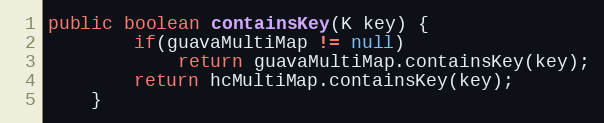
Language: Java
public boolean containsKey(K key) {
		if(guavaMultiMap != null)
			return guavaMultiMap.containsKey(key);
		return hcMultiMap.containsKey(key);
	}